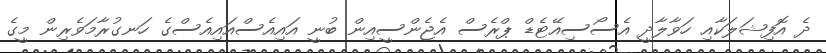
ދެ އޮފިޝަލަކާއި ހަވާލާދީ އެސޯސިއޭޓެޑް ޕްރެސް އެޖެންސީއިން ބުނީ އައިއެސްއައިއެސްގެ ހަނގުރާމަވެރިން މީގެ